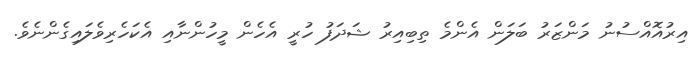
އިރުއޮއްސުނު މަންޒަރު ބަލަން އެންމެ ތިބިއިރު ޝަދަފު ހުރީ އެހެން މީހުންނާއި އެކަހެރިވެލައިގެންނެވެ.